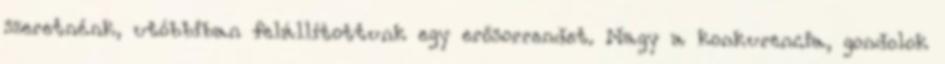
szeretnénk, utóbbiban felállítottunk egy erősorrendet. Nagy a konkurencia, gondolok